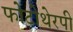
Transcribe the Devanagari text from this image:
फोटोथेरपी